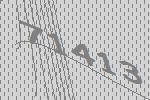
71413